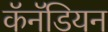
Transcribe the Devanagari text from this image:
कॅनॅडियन